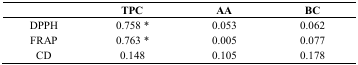
<table><thead><tr><td></td><td><b>TPC</b></td><td><b>AA</b></td><td><b>BC</b></td></tr></thead><tbody><tr><td>DPPH</td><td>0.758 *</td><td>0.053</td><td>0.062</td></tr><tr><td>FRAP</td><td>0.763 *</td><td>0.005</td><td>0.077</td></tr><tr><td>CD</td><td>0.148</td><td>0.105</td><td>0.178</td></tr></tbody></table>